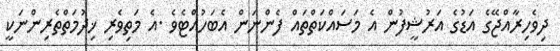
ދިވެހިރާއްޖޭގެ އަޑުގެ އަރުޝީފުން އެ މަސައްކަތްތައް ފެންނަން އެބަހުއްޓެވެ .އެ މަތިވެރި ޚިދުމަތްތެރިންނަކީ